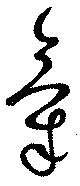
氣